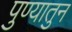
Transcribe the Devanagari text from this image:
पुण्यातुन